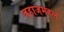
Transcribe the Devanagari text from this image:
जहाजमहल